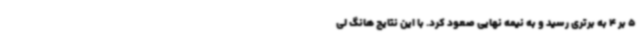
5 بر 4 به برتری رسید و به نیمه نهایی صعود کرد. با این نتایج هانگ لی